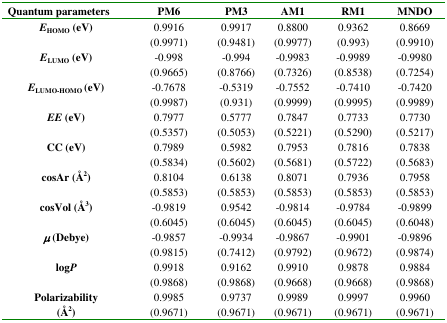
<table><thead><tr><td><b>Quantum parameters</b></td><td><b>PM6</b></td><td><b>PM3</b></td><td><b>AM1</b></td><td><b>RM1</b></td><td><b>MNDO</b></td></tr></thead><tbody><tr><td><b><i>E</i><sub>HOMO</sub>(eV)</b></td><td>0.9916 (0.9971)</td><td>0.9917 (0.9481)</td><td>0.8800 (0.9977)</td><td>0.9362 (0.993)</td><td>0.8669 (0.9910)</td></tr><tr><td><b><i>E</i><sub>LUMO</sub>(eV)</b></td><td>−0.998 (0.9665)</td><td>−0.994 (0.8766)</td><td>−0.9983 (0.7326)</td><td>−0.9989 (0.8538)</td><td>−0.9980 (0.7254)</td></tr><tr><td><b><i>E</i><sub>LUMO-HOMO</sub>(eV)</b></td><td>−0.7678 (0.9987)</td><td>−0.5319 (0.931)</td><td>−0.7552 (0.9999)</td><td>−0.7410 (0.9995)</td><td>−0.7420 (0.9989)</td></tr><tr><td><b><i>EE</i></b><b>(eV)</b></td><td>0.7977 (0.5357)</td><td>0.5777 (0.5053)</td><td>0.7847 (0.5221)</td><td>0.7733 (0.5290)</td><td>0.7730 (0.5217)</td></tr><tr><td><b>CC (eV)</b></td><td>0.7989 (0.5834)</td><td>0.5982 (0.5602)</td><td>0.7953 (0.5681)</td><td>0.7816 (0.5722)</td><td>0.7838 (0.5683)</td></tr><tr><td><b>cosAr (Å<sup>2</sup>)</b></td><td>0.8104 (0.5853)</td><td>0.6138 (0.5853)</td><td>0.8071 (0.5853)</td><td>0.7936 (0.5853)</td><td>0.7958 (0.5853)</td></tr><tr><td><b>cosVol (Å<sup>3</sup>)</b></td><td>−0.9819 (0.6045)</td><td>0.9542 (0.6045)</td><td>−0.9814 (0.6045)</td><td>−0.9784 (0.6045)</td><td>−0.9899 (0.6048)</td></tr><tr><td><b><i>μ</i></b><b>(Debye)</b></td><td>−0.9857 (0.9815)</td><td>−0.9934 (0.7412)</td><td>−0.9867 (0.9792)</td><td>−0.9901 (0.9672)</td><td>−0.9896 (0.9874)</td></tr><tr><td><b>log<i>P</i></b></td><td>0.9918 (0.9868)</td><td>0.9162 (0.9868)</td><td>0.9910 (0.9668)</td><td>0.9878 (0.9668)</td><td>0.9884 (0.9868)</td></tr><tr><td><b>Polarizability (Å<sup>2</sup>)</b></td><td>0.9985 (0.9671)</td><td>0.9737 (0.9671)</td><td>0.9989 (0.9671)</td><td>0.9997 (0.9671)</td><td>0.9960 (0.9671)</td></tr></tbody></table>